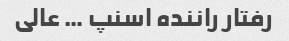
رفتار راننده اسنپ … عالی